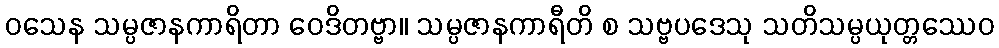
ဝသေန သမ္ပဇာနကာရိတာ ဝေဒိတဗ္ဗာ။ သမ္ပဇာနကာရီတိ စ သဗ္ဗပဒေသု သတိသမ္ပယုတ္တဿေဝ